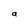
Character: a